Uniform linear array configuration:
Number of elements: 16
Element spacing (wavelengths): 0.75
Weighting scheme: blackman
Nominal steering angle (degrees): -30
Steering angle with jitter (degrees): -29.205
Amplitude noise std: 0.05
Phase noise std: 0.05

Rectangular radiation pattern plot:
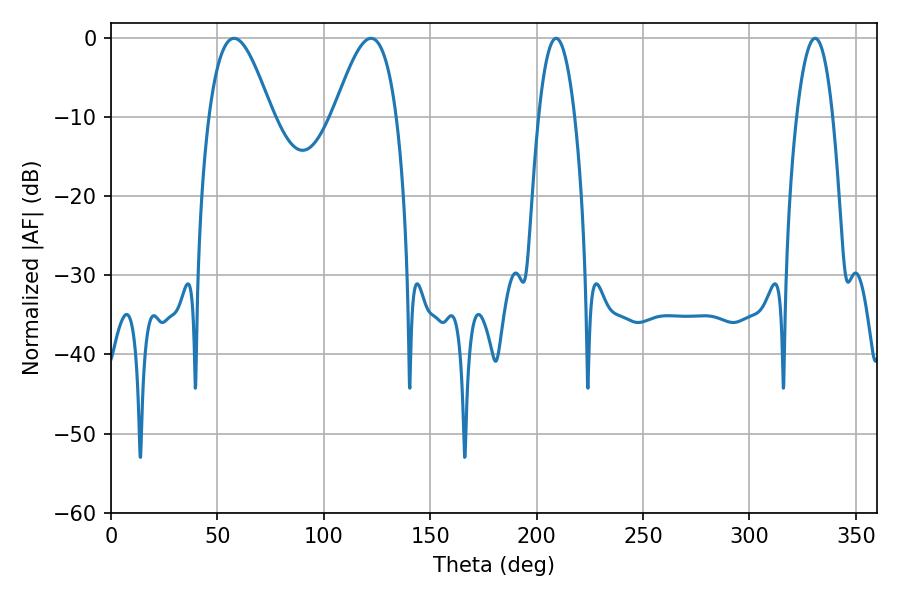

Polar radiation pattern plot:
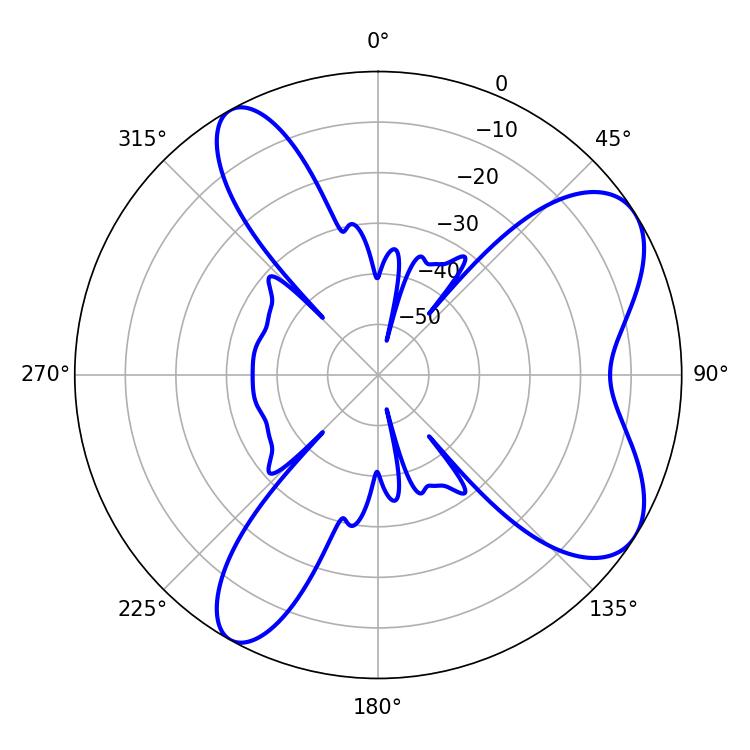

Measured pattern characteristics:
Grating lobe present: TRUE
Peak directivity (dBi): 7.37
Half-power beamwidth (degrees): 9.36
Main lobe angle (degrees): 209.16